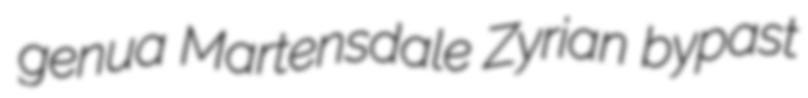
genua Martensdale Zyrian bypast